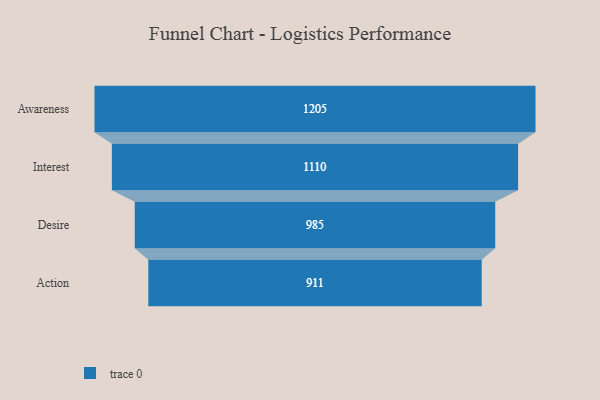
{"axis": {"x": "Stage", "y": "Value"}, "legend": [""], "data": [{"x": "Awareness", "y": 1205.0, "type": ""}, {"x": "Interest", "y": 1110.0, "type": ""}, {"x": "Desire", "y": 985.0, "type": ""}, {"x": "Action", "y": 911.0, "type": ""}]}